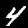
Digit: 4